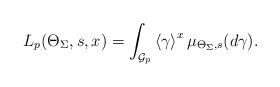
LaTeX: \begin{align*}L_{p}(\Theta_\Sigma,s,x)=\int_{\mathcal{G}_{p}}\left\langle \gamma\right\rangle^{x}\mu_{\Theta_{\Sigma},s}(d\gamma).\end{align*}